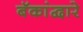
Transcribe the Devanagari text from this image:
बॅकांद्वारे